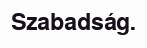
Szabadság.